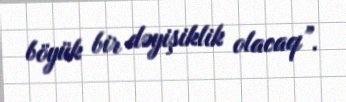
böyük bir dəyişiklik olacaq”.